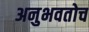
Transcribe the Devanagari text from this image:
अनुभवतोच